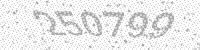
Solution: 250799